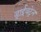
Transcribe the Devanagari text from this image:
ड्राईवट्रेन